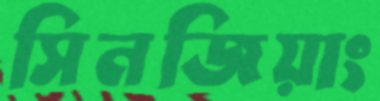
সিনজিয়াং